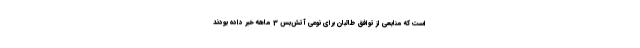
است که منابعی از توافق طالبان برای نوعی آتش‌بس 3 ماهه خبر داده بودند